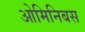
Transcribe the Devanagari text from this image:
ओमिनिबस